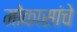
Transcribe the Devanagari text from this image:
मोकासांचे